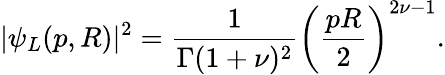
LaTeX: |\psi_{L}(p,R)|^{2}=\frac{1}{\Gamma(1+\nu)^{2}}\left(\frac{pR}{2}\right)^{2\nu-1}.